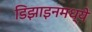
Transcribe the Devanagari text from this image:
डिझाइनमध्ये